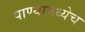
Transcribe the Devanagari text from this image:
पाण्यामध्येच